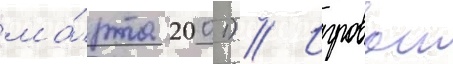
ма́рта 2001) // Игровои